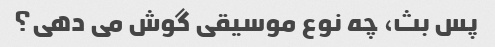
پس بث، چه نوع موسیقی گوش می دهی؟